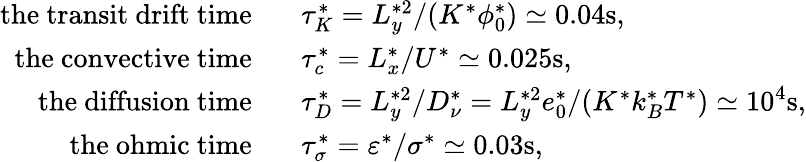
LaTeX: \begin{array}{rl}{\mathrm{the~transit~drift~time}\ \ \ }&{\tau_{K}^{*}=L_{y}^{*2}/(K^{*}\phi_{0}^{*})\simeq 0.04\mathrm{s},}\\ {\mathrm{the~convective~time}\ \ \ }&{\tau_{c}^{*}=L_{x}^{*}/U^{*}\simeq 0.025\mathrm{s},}\\ {\mathrm{the~diffusion~time}\ \ \ }&{\tau_{D}^{*}=L_{y}^{*2}/D_{\nu}^{*}=L_{y}^{*2}e_{0}^{*}/(K^{*}k_{B}^{*}T^{*})\simeq 10^{4}\mathrm{s},}\\ {\mathrm{the~ohmic~time}\ \ \ }&{\tau_{\sigma}^{*}=\varepsilon^{*}/\sigma^{*}\simeq 0.03\mathrm{s},}\end{array}